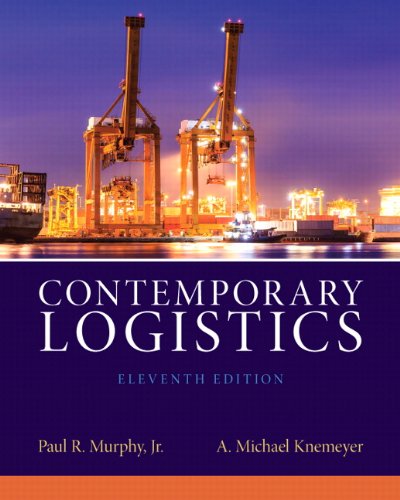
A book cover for Contemporary Logistics (11th Edition); Paul R. Murphy Jr.; Business & Money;